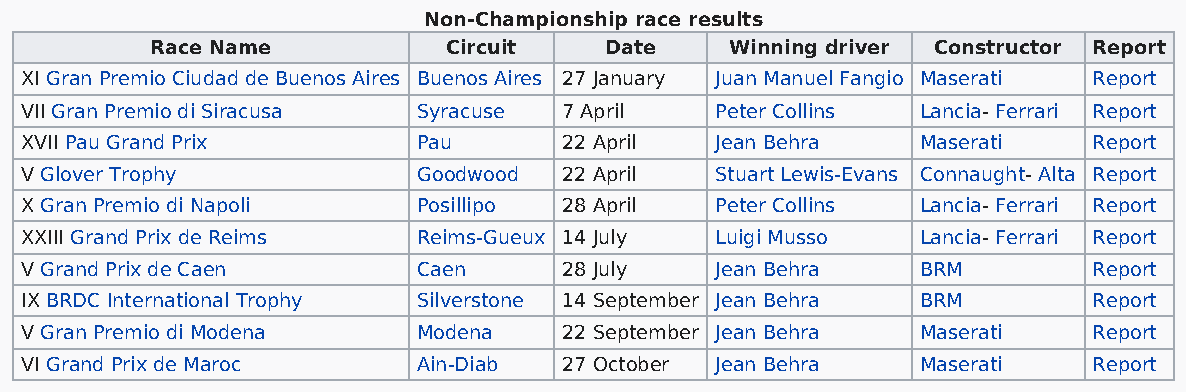
Non-Championship race results
 Race Name          Circuit    Date    Winning driver Constructor Report
 XI Gran Premio Ciudad de Buenos Aires Buenos Aires 27 January Juan Manuel Fangio Maserati Report
 VII Gran Premio di Siracusa Syracuse 7 April  Peter Collins Lancia- Ferrari Report
 XVII Pau Grand Prix        Pau      22 April  Jean Behra    Maserati   Report
 V Glover Trophy            Goodwood 22 April  Stuart Lewis-Evans Connaught- Alta Report
 X Gran Premio di Napoli    Posillipo 28 April Peter Collins Lancia- Ferrari Report
 XXIII Grand Prix de Reims  Reims-Gueux 14 July Luigi Musso  Lancia- Ferrari Report
 V Grand Prix de Caen       Caen     28 July   Jean Behra    BRM        Report
 IX BRDC International Trophy Silverstone 14 September Jean Behra BRM   Report
 V Gran Premio di Modena    Modena   22 September Jean Behra Maserati   Report
 VI Grand Prix de Maroc     Ain-Diab 27 October Jean Behra   Maserati   Report